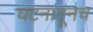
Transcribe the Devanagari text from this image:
घटनांतूनच